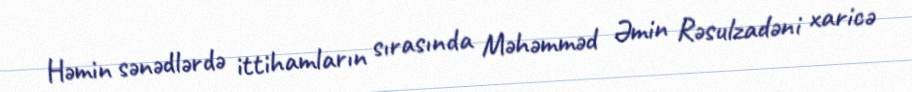
Həmin sənədlərdə ittihamların sırasında Məhəmməd Əmin Rəsulzadəni xaricə